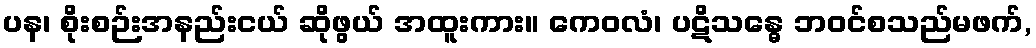
ပန၊ စိုးစဉ်းအနည်းငယ် ဆိုဖွယ် အထူးကား။ ကေဝလံ၊ ပဋိသန္ဓေ ဘဝင်စသည်မဖက်,